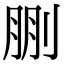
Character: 𠜳